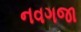
નવગજા